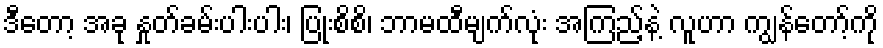
ဒီတော့ အခု နှုတ်ခမ်းပါးပါး၊ ပြုံးစိစိ၊ ဘာမထီမျက်လုံး အကြည့်နဲ့ လူဟာ ကျွန်တော့်ကို